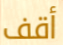
أقف